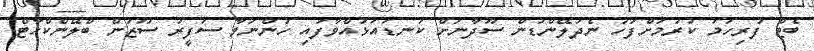
ބެޓް ފުރިހަމަ ކުރުމަށްފަހު ނެދަލޭންޑުން ސޫދާނަށް ކަނޑައަޅުއްވާފައި ހުންނަވާ ސަފީރު ސޫޒަން ބްލޭންކްހާޓް